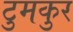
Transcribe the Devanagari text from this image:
टुमकुर